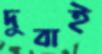
দুবাই